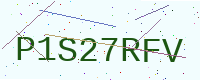
Text: P1S27RFV